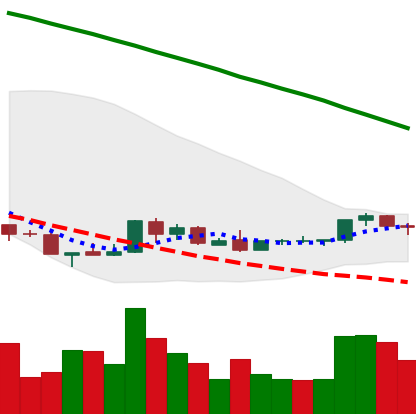
Ticker: NEO-USD
Chart end date: 2018-08-30
Forward return: 22.883%
Label: up_7plus